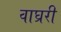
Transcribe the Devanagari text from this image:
वाघ्ररी